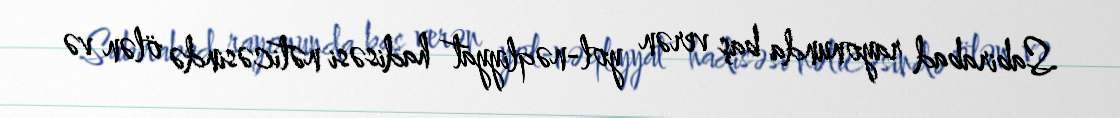
Sabirabad rayonunda baş verən yol-nəqliyyat hadisəsi nəticəsində ölən və